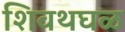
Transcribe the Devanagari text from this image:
शिवथघळ